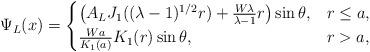
LaTeX: \begin{align*}\Psi _L(x)=\begin{cases}\left( A_LJ_1((\lambda -1)^{1/2}r)+\frac{W\lambda}{\lambda -1}r \right) \sin \theta , &r\le a,\\\frac{Wa}{K_1(a)}K_1(r)\sin \theta , &r>a,\\\end{cases}\end{align*}